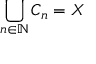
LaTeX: \bigcup _ { n \in \mathbb { N } } C _ { n } = X